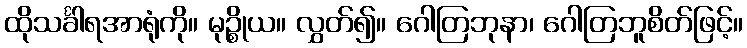
ထိုသင်္ခါရအာရုံကို။ မုဉ္စိုယ။ လွှတ်၍။ ဂေါတြဘုနာ၊ ဂေါတြဘူစိတ်ဖြင့်။